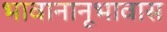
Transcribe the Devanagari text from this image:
भावानानूभावास